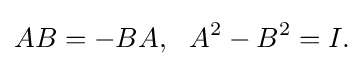
\displaystyle {AB=-BA,\,\,\,\,A^{2}-B^{2}=I.}